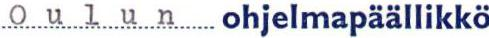
Oulun ohjelmapäällikkö